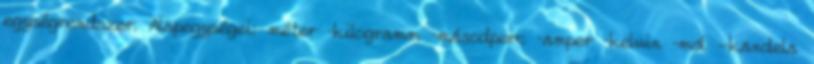
egységrendszer. Alapegységei: méter –kilogramm –másodperc –amper –kelvin –mól -kandela